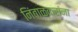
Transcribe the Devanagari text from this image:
निंबाळकरांना